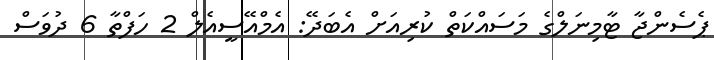
ޕެސެންޖާ ޓާމިނަލްގެ މަސައްކަތް ކުރިއަށް އެބަދޭ: އެމްއޭސީއެލް 2 ހަފްތާ 6 ދުވަސް